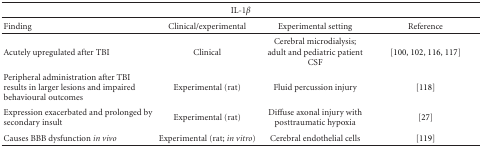
<table><thead><tr><td colspan="4"><b>IL-1<i>β</i></b></td></tr></thead><tbody><tr><td>Finding</td><td>Clinical/experimental</td><td>Experimental setting</td><td>Reference</td></tr><tr><td>Acutely upregulated after TBI</td><td>Clinical</td><td>Cerebral microdialysis; adult and pediatric patient CSF</td><td> [100, 102, 116, 117]</td></tr><tr><td>Peripheral administration after TBI results in larger lesions and impaired behavioural outcomes</td><td>Experimental (rat)</td><td>Fluid percussion injury</td><td>[118]</td></tr><tr><td>Expression exacerbated and prolonged by secondary insult</td><td>Experimental (rat)</td><td>Diffuse axonal injury with posttraumatic hypoxia</td><td>[27]</td></tr><tr><td>Causes BBB dysfunction <i>in vivo </i></td><td>Experimental (rat; <i>in vitro</i>)</td><td>Cerebral endothelial cells</td><td>[119]</td></tr></tbody></table>